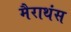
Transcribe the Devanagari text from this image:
मैराथंस